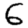
Digit: 6